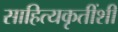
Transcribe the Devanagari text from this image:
साहित्यकृतींशी